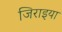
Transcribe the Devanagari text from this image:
जिराइया